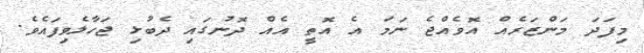
މިފަދަ މަންޒަރެއް އޮވެއްޖެ ނަމަ އެ އޮތީ އެއް ދޮނުގައި ދެބުޅި ޖަހާލެވިފައެވެ.